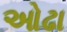
ઓઢા